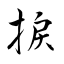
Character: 捩